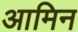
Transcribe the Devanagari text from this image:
आमिन